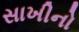
સાખીનો